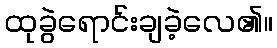
ထုခွဲရောင်းချခဲ့လေ၏။